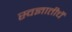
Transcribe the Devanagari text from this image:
स्वज्ञातीचें